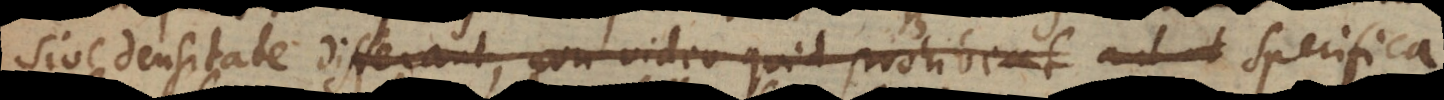
sive densitate differant non video quid prohibeat. Quodsi